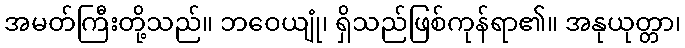
အမတ်ကြီးတို့သည်။ ဘဝေယျုံ၊ ရှိသည်ဖြစ်ကုန်ရာ၏။ အနုယုတ္တာ၊